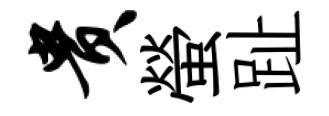
贵螢趾